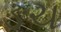
ઙચ